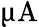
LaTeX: \upmu\mathrm{A}